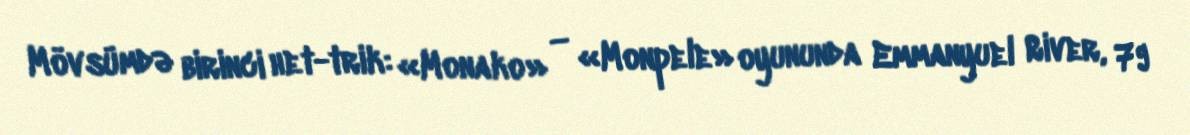
Mövsümdə birinci het-trik: «Monako» — «Monpele» oyununda Emmanyuel River, 79